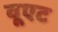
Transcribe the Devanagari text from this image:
वूएट